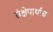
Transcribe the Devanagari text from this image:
संक्षेपार्थाचा